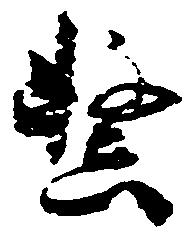
繋